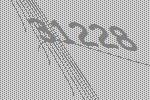
31228